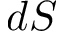
d S